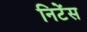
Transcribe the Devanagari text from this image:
निटेंस